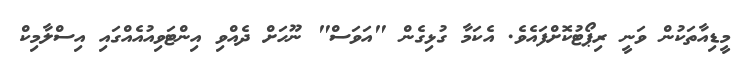
މީޑިއާތަކުން ވަނީ ރިޕޯޓުކޮށްފައެވެ. އެކަމާ ގުޅިގެން "އަވަސް" ނޫހަށް ދެއްވި އިންޓަވިއުއެއްގައި އިސްލާމިކް